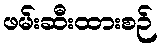
ဖမ်းဆီးထားစဉ်